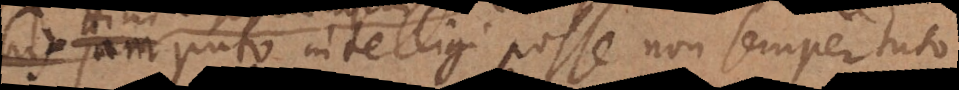
ndem puto intelligi posse, non semper tut